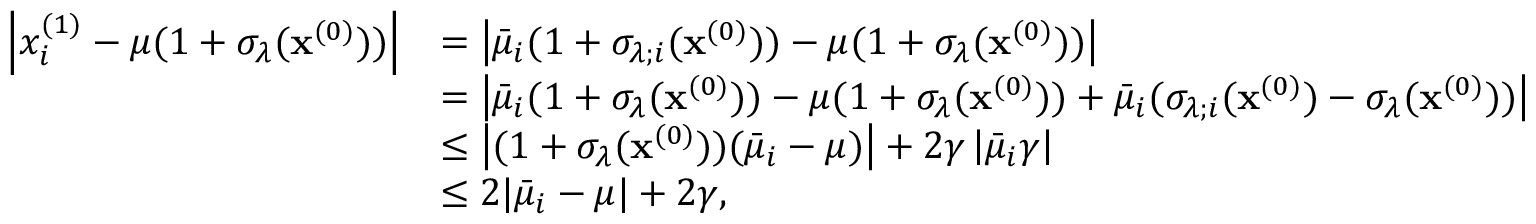
\begin{array} { r l } { \left| x _ { i } ^ { ( 1 ) } - \mu ( 1 + \sigma _ { \lambda } ( \mathbf { x } ^ { ( 0 ) } ) ) \right| } & { = \left| \bar { \mu } _ { i } ( 1 + \sigma _ { \lambda ; i } ( \mathbf { x } ^ { ( 0 ) } ) ) - \mu ( 1 + \sigma _ { \lambda } ( \mathbf { x } ^ { ( 0 ) } ) ) \right| } \\ & { = \left| \bar { \mu } _ { i } ( 1 + \sigma _ { \lambda } ( \mathbf { x } ^ { ( 0 ) } ) ) - \mu ( 1 + \sigma _ { \lambda } ( \mathbf { x } ^ { ( 0 ) } ) ) + \bar { \mu } _ { i } ( \sigma _ { \lambda ; i } ( \mathbf { x } ^ { ( 0 ) } ) - \sigma _ { \lambda } ( \mathbf { x } ^ { ( 0 ) } ) ) \right| } \\ & { \leq \left| ( 1 + \sigma _ { \lambda } ( \mathbf { x } ^ { ( 0 ) } ) ) ( \bar { \mu } _ { i } - \mu ) \right| + 2 \gamma \left| \bar { \mu } _ { i } \gamma \right| } \\ & { \leq 2 | \bar { \mu } _ { i } - \mu | + 2 \gamma , } \end{array}